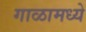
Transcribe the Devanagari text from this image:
गाळामध्ये